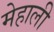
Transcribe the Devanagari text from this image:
मेहाली